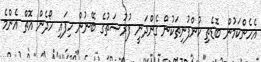
އެހެންކަމުން ބޮޑެތި ކުންފުނިތަކުން ގެންދަނީ ފުރުޞަތުގެ ބޭނުން ހިފައި ހޯދެން އޮތް އެންމެ